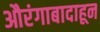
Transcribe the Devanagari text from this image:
औरंगाबादाहून